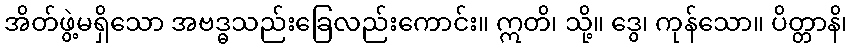
အိတ်ဖွဲ့မရှိသော အဗဒ္ဓသည်းခြေလည်းကောင်း။ ဣတိ၊ သို့။ ဒွေ၊ ကုန်သော။ ပိတ္တာနိ၊